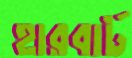
হারবার্ট